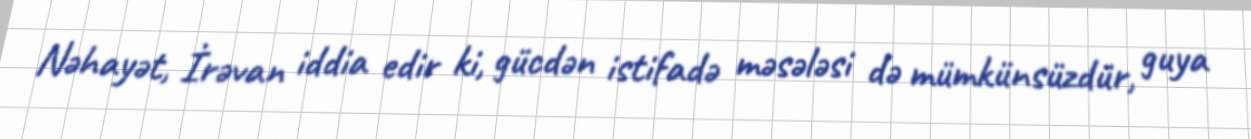
Nəhayət, İrəvan iddia edir ki, gücdən istifadə məsələsi də mümkünsüzdür, guya